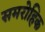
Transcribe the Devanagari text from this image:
समरोहिक